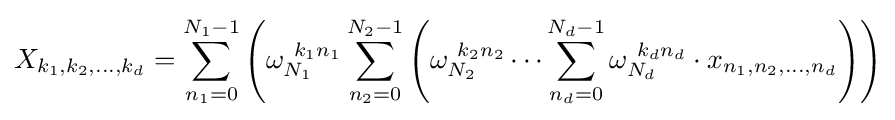
X_{k_{1},k_{2},\dots ,k_{d}}=\sum _{n_{1}=0}^{N_{1}-1}\left(\omega _{N_{1}}^{~k_{1}n_{1}}\sum _{n_{2}=0}^{N_{2}-1}\left(\omega _{N_{2}}^{~k_{2}n_{2}}\cdots \sum _{n_{d}=0}^{N_{d}-1}\omega _{N_{d}}^{~k_{d}n_{d}}\cdot x_{n_{1},n_{2},\dots ,n_{d}}\right)\right)